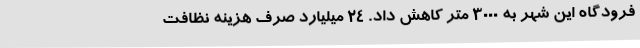
فرودگاه این شهر به 3000 متر کاهش داد. 24 میلیارد صرف هزینه نظافت